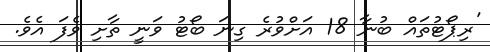
'ރިޕޯޓުތައް ބުނާ 18 އަށްވުރެ ގިނަ ބޯޓު ވަނީ ތާށި ވެފަ އެވެ.